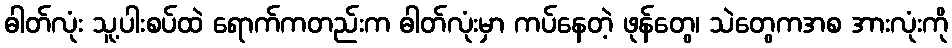
ဓါတ်လုံး သူ့ပါးစပ်ထဲ ရောက်ကတည်းက ဓါတ်လုံးမှာ ကပ်နေတဲ့ ဖုန်တွေ၊ သဲတွေကအစ အားလုံးကို